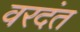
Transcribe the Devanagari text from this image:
वरदंत